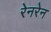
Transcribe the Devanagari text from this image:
रेनरेन